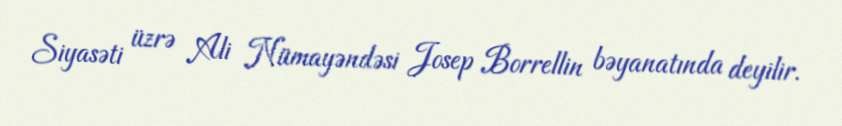
Siyasəti üzrə Ali Nümayəndəsi Josep Borrellin bəyanatında deyilir.